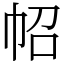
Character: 𢁾